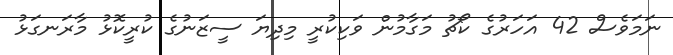
ނަމަވެސް 42 އަހަރުގެ ކޯޗު މަގާމުން ވަކިކުރީ މިދިޔަ ސީޒަނުގެ ކުރީކޮޅު މާރަނގަޅު